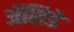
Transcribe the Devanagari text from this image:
ॲसिडे